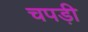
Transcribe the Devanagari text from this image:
चपड़ी